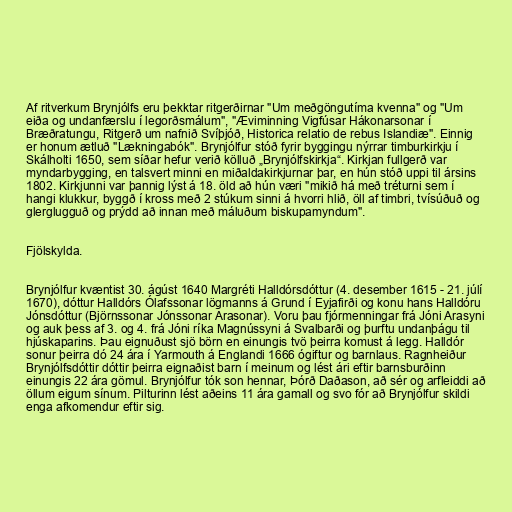
Af ritverkum Brynjólfs eru þekktar ritgerðirnar "Um meðgöngutíma kvenna" og "Um
eiða og undanfærslu í legorðsmálum", "Æviminning Vigfúsar Hákonarsonar í
Bræðratungu, Ritgerð um nafnið Svíþjóð, Historica relatio de rebus Islandiæ". Einnig
er honum ætluð "Lækningabók". Brynjólfur stóð fyrir byggingu nýrrar timburkirkju í
Skálholti 1650, sem síðar hefur verið kölluð „Brynjólfskirkja“. Kirkjan fullgerð var
myndarbygging, en talsvert minni en miðaldakirkjurnar þar, en hún stóð uppi til ársins
1802. Kirkjunni var þannig lýst á 18. öld að hún væri "mikið há með tréturni sem í
hangi klukkur, byggð í kross með 2 stúkum sinni á hvorri hlið, öll af timbri, tvísúðuð og
glerglugguð og prýdd að innan með máluðum biskupamyndum".

Fjölskylda.

Brynjólfur kvæntist 30. ágúst 1640 Margréti Halldórsdóttur (4. desember 1615 - 21. júlí
1670), dóttur Halldórs Ólafssonar lögmanns á Grund í Eyjafirði og konu hans Halldóru
Jónsdóttur (Björnssonar Jónssonar Arasonar). Voru þau fjórmenningar frá Jóni Arasyni
og auk þess af 3. og 4. frá Jóni ríka Magnússyni á Svalbarði og þurftu undanþágu til
hjúskaparins. Þau eignuðust sjö börn en einungis tvö þeirra komust á legg. Halldór
sonur þeirra dó 24 ára í Yarmouth á Englandi 1666 ógiftur og barnlaus. Ragnheiður
Brynjólfsdóttir dóttir þeirra eignaðist barn í meinum og lést ári eftir barnsburðinn
einungis 22 ára gömul. Brynjólfur tók son hennar, Þórð Daðason, að sér og arfleiddi að
öllum eigum sínum. Pilturinn lést aðeins 11 ára gamall og svo fór að Brynjólfur skildi
enga afkomendur eftir sig.